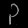
Digit: ၃